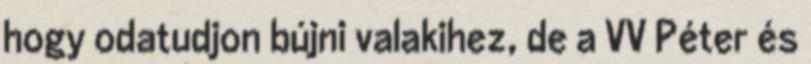
hogy odatudjon bújni valakihez, de a VV Péter és